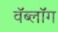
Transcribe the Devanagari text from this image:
वॅब्लॉग